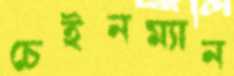
চেইনম্যান